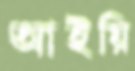
আইয়ি